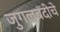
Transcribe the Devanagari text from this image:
जुगलबंदीचे